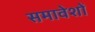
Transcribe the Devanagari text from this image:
समावेशों